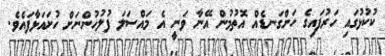
ކުކުޅުގައި ހަރުފައިގެ ހަންގަނޑެއް އޮތުމުން އޭނާ ވަނީ އެ މައްސަލަ ފުލުހުންނަށް ހުށައަޅާފައެވެ.